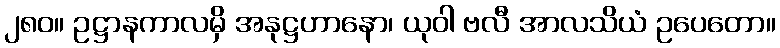
၂၈၀။ ဥဋ္ဌာနကာလမှိ အနုဋ္ဌဟာနော၊ ယုဝါ ဗလီ အာလသိယံ ဥပေတော။